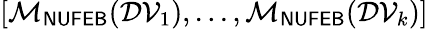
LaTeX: [\mathcal{M}_{\sf NUFEB}(\mathcal{DV}_{1}),...,\mathcal{M}_{\sf NUFEB}(\mathcal{DV}_{k})]